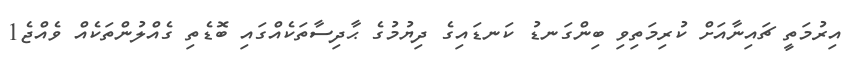
އިރުމަތީ ޗައިނާއަށް ކުރިމަތިވި ބިންގަނޑު ކަނޑައިގެ ދިޔުމުގެ ޙާދިސާތަކެއްގައި ބޮޑެތި ގެއްލުންތަކެއް ވެއްޖެ1